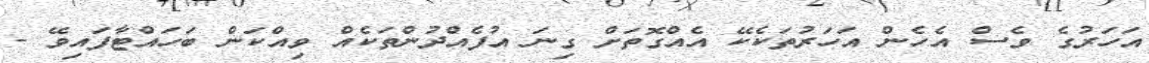
އަހަރުގެ ވެސް އެހެން އަހަރުތަކެކޭ އެއްގޮތަށް ގިނަ އުފެއްދުންތަކެއް ވިއްކަން ބަހައްޓާފައިވޭ -